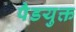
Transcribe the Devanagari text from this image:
पैडयुक्त